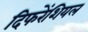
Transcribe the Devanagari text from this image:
दिफरेंशियल